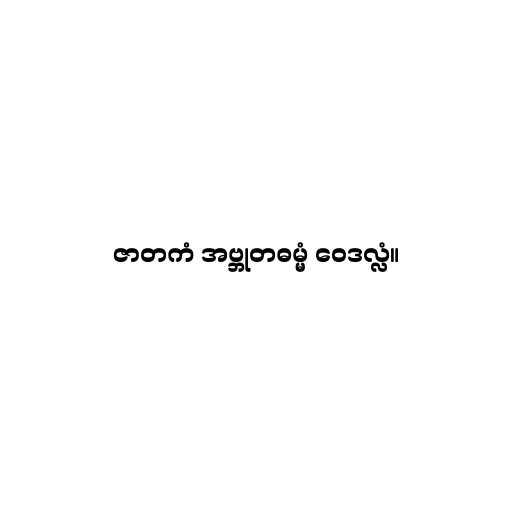
ဇာတကံ အဗ္ဘုတဓမ္မံ ဝေဒလ္လံ။